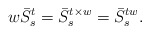
\begin{align*}w\bar{S}^{t}_{s}= \bar{S}^{t\times w}_{s}=\bar{S}^{tw}_{s}.\end{align*}